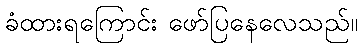
ခံထားရကြောင်း ဖော်ပြနေလေသည်။